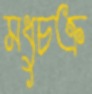
মধুচক্র